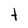
Character: t